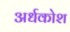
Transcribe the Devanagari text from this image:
अर्धकोश